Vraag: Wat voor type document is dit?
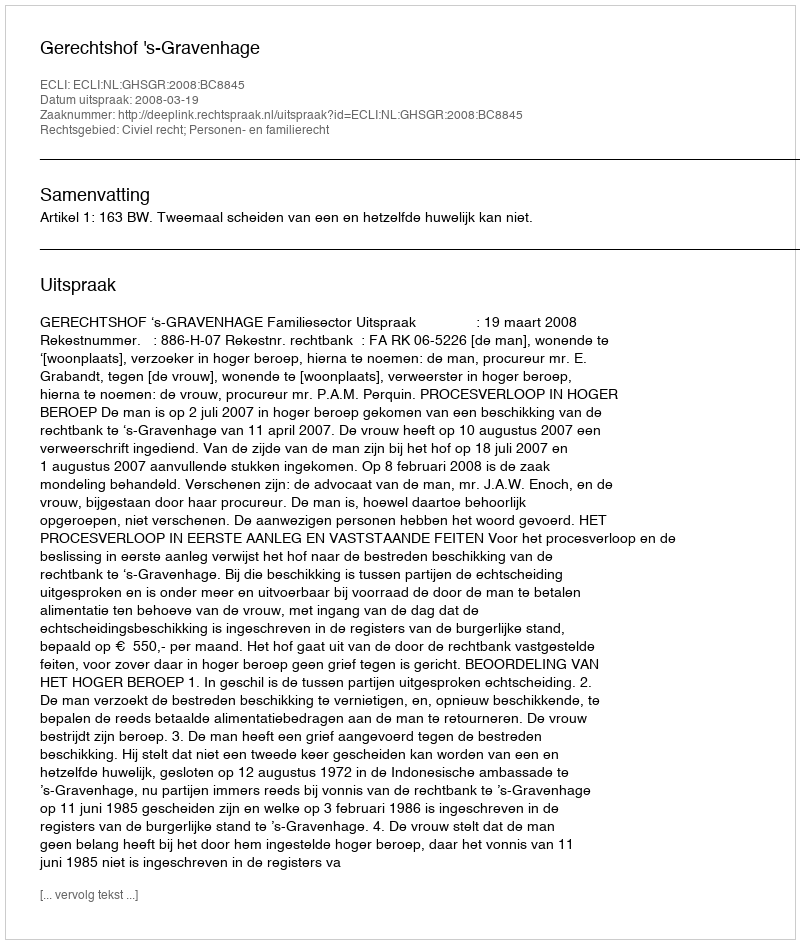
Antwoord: Uitspraak